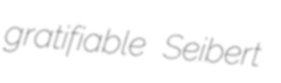
gratifiable Seibert